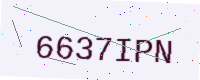
Text: 6637IPN